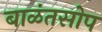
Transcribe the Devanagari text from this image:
बाळंतसोप